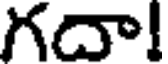
గదా!